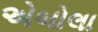
એબોલા